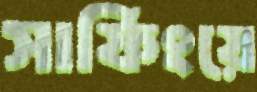
সার্ফিংয়ে